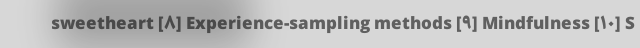
sweetheart [۸] Experience-sampling methods [۹] Mindfulness [۱۰] S